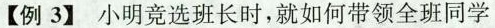
【例3】小明竞选班长时，就如何带领全班同学